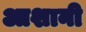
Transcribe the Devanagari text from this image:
आशानी